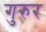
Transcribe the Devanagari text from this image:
गुरुर